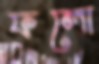
ফলো